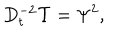
D _ { t } ^ { - 2 } \Upsilon = \Psi ^ { 2 } ,